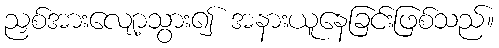
ညှစ်အားလျော့သွား၍ အနားယူနေခြင်းဖြစ်သည်။